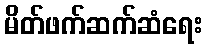
မိတ်ဖက်ဆက်ဆံရေး